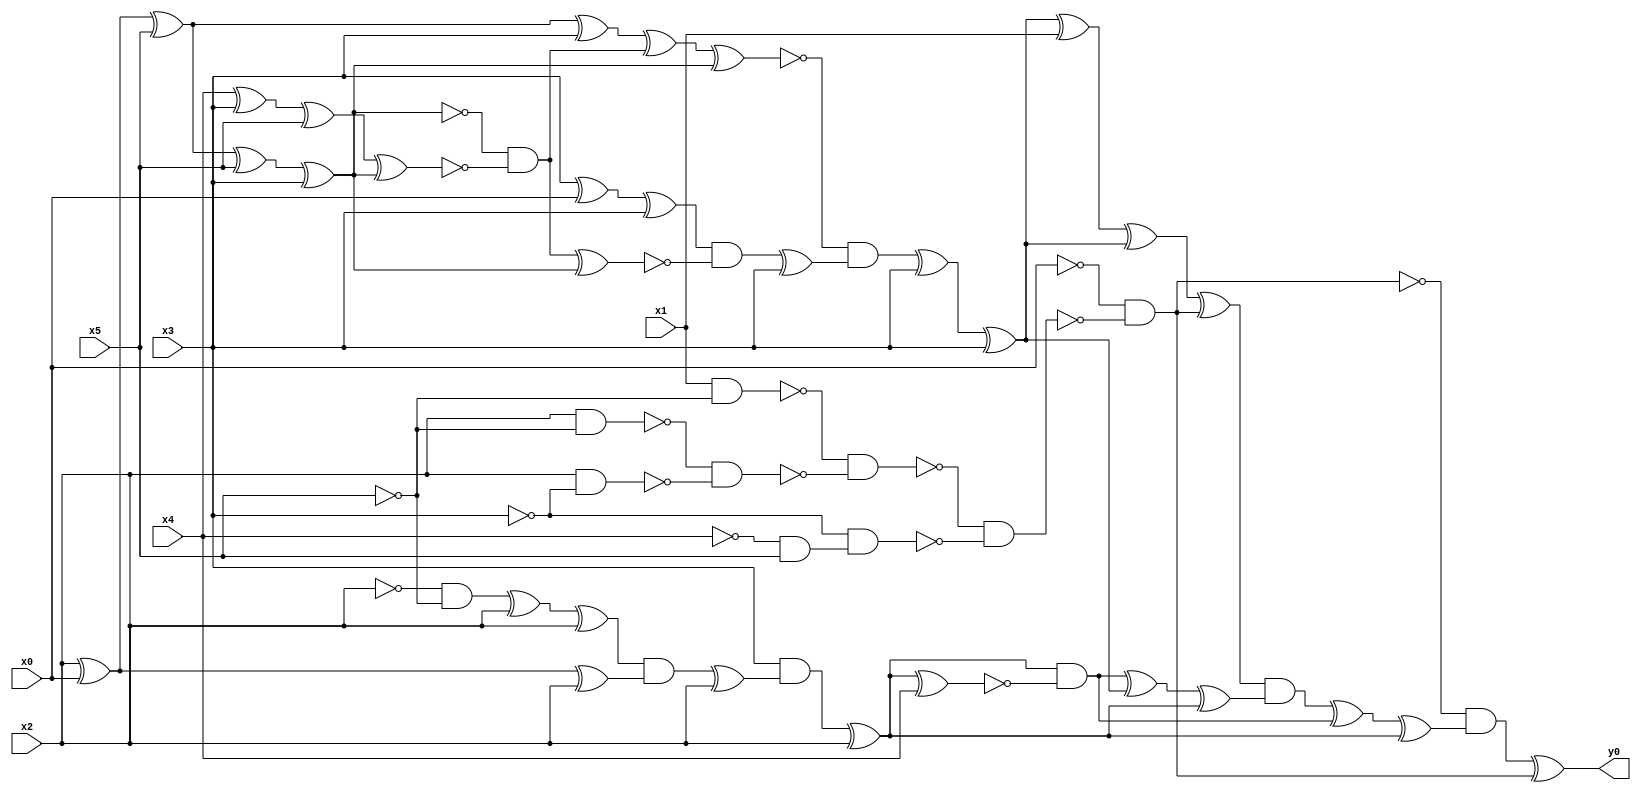
module top( x0 , x1 , x2 , x3 , x4 , x5 , y0 );
  input x0 , x1 , x2 , x3 , x4 , x5 ;
  output y0 ;
  wire n7 , n8 , n9 , n10 , n11 , n12 , n13 , n14 , n15 , n16 , n17 , n18 , n19 , n20 , n21 , n22 , n23 , n24 , n25 , n26 , n27 , n28 , n29 , n30 , n31 , n32 , n33 , n34 , n35 , n36 , n37 , n38 , n39 , n40 , n41 , n42 , n43 , n44 , n45 , n46 , n47 , n48 , n49 , n50 , n51 , n52 , n53 , n54 ;
  assign n7 = x1 & ~x5 ;
  assign n8 = x2 & ~x5 ;
  assign n9 = x2 & ~x3 ;
  assign n10 = ~n8 & ~n9 ;
  assign n11 = ~n7 & ~n10 ;
  assign n12 = ~x4 & x5 ;
  assign n13 = ~x3 & n12 ;
  assign n14 = ~n11 & ~n13 ;
  assign n15 = ~x0 & ~n14 ;
  assign n16 = x2 ^ x0 ;
  assign n17 = n16 ^ x5 ;
  assign n24 = n17 ^ x3 ;
  assign n18 = n17 ^ x5 ;
  assign n19 = n18 ^ x3 ;
  assign n20 = x4 ^ x3 ;
  assign n21 = n20 ^ x5 ;
  assign n22 = n21 ^ n19 ;
  assign n23 = ~n19 & ~n22 ;
  assign n25 = n24 ^ n23 ;
  assign n26 = n25 ^ n19 ;
  assign n27 = x3 ^ x0 ;
  assign n28 = n27 ^ x3 ;
  assign n29 = n23 ^ n19 ;
  assign n30 = n28 & ~n29 ;
  assign n31 = n30 ^ x3 ;
  assign n32 = ~n26 & n31 ;
  assign n33 = n32 ^ x3 ;
  assign n34 = n33 ^ x3 ;
  assign n35 = n34 ^ x1 ;
  assign n36 = n35 ^ n34 ;
  assign n37 = n36 ^ n15 ;
  assign n38 = ~x2 & ~x5 ;
  assign n39 = n38 ^ x2 ;
  assign n40 = n39 ^ x2 ;
  assign n41 = n16 ^ x2 ;
  assign n42 = n40 & n41 ;
  assign n43 = n42 ^ x2 ;
  assign n44 = x3 & n43 ;
  assign n45 = n44 ^ x2 ;
  assign n46 = n45 ^ x4 ;
  assign n47 = n45 & ~n46 ;
  assign n48 = n47 ^ n34 ;
  assign n49 = n48 ^ n45 ;
  assign n50 = n37 & n49 ;
  assign n51 = n50 ^ n47 ;
  assign n52 = n51 ^ n45 ;
  assign n53 = ~n15 & n52 ;
  assign n54 = n53 ^ n15 ;
  assign y0 = n54 ;
endmodule